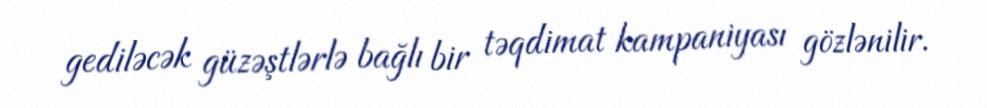
gediləcək güzəştlərlə bağlı bir təqdimat kampaniyası gözlənilir.